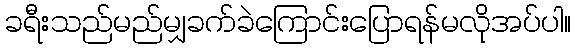
ခရီးသည်မည်မျှခက်ခဲကြောင်းပြောရန်မလိုအပ်ပါ။